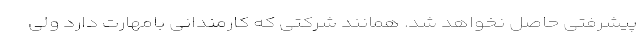
پیشرفتی حاصل نخواهد شد. همانند شرکتی که کارمندانی بامهارت دارد ولی